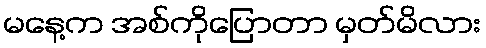
မနေ့က အစ်ကိုပြောတာ မှတ်မိလား